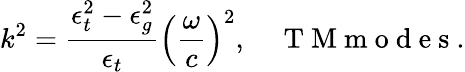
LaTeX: k^{2}=\frac{\epsilon_{t}^{2}-\epsilon_{g}^{2}}{\epsilon_{t}}\left(\frac{\omega}{c}\right)^{2},\quad\mathrm{~T~M~m~o~d~e~s~}.